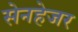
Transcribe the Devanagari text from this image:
सेनहेजर